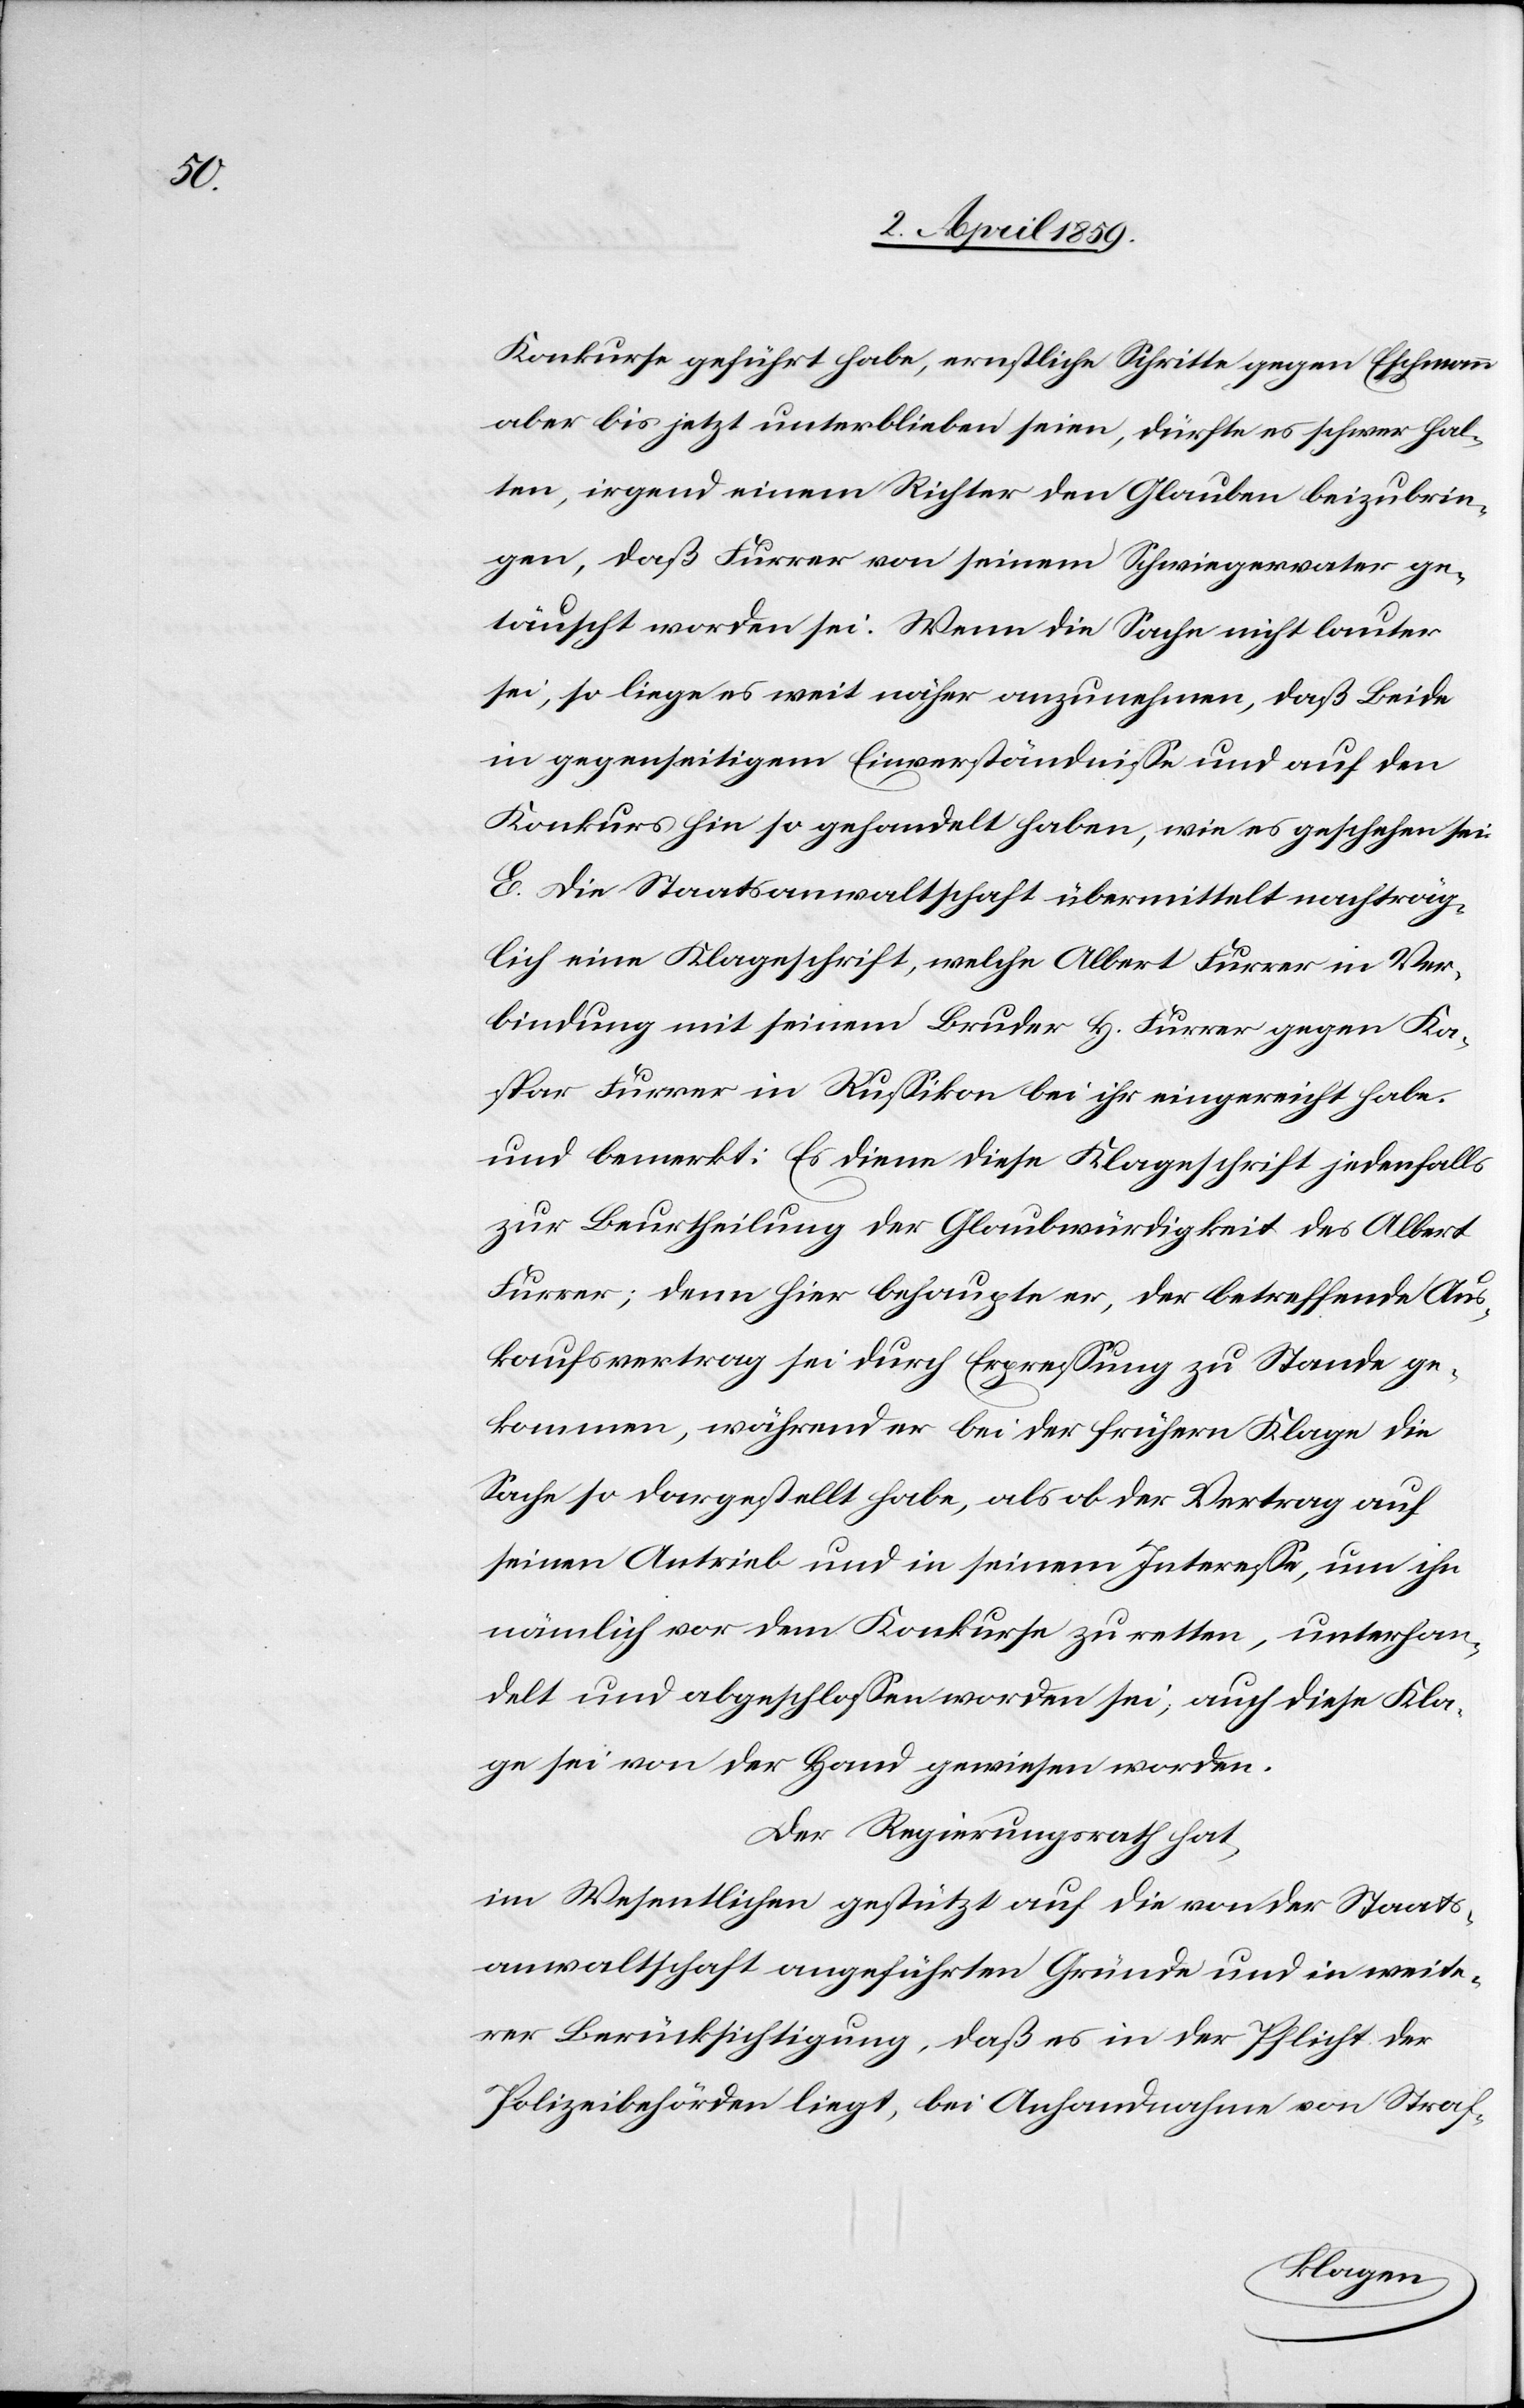
Konkurse geführt habe, ernstliche Schritte gegen Eschmann
aber bis jetzt unterblieben seien, dürfte es schwer hal¬
ten, irgend einem Richter den Glauben beizubrin¬
gen, daß Furrer von seinem Schwiegervater ge¬
täuscht worden sei. Wenn die Sache nicht lauter
sei, so liege es weit näher anzunehmen, daß Beide
in gegenseitigem Einverständniße und auf den
Konkurs hin so gehandelt haben, wie es geschehen sei.
E. Die Staatsanwaltschaft übermittelt nachträg¬
lich eine Klageschrift, welche Albert Furrer in Ver¬
bindung mit seinem Bruder H. Furrer gegen Ka¬
spar Furrer in Rußikon bei ihr eingereicht habe,
und bemerkt: Es diene diese Klageschrift jedenfalls
zur Beurtheilung der Glaubwürdigkeit des Albert
Furrer; denn hier behaupte er, der betreffende Aus¬
kaufsvertrag sei durch Erpreßung zu Stande ge¬
kommen, während er bei der frühern Klage die
Sache so dargestellt habe, als ob der Vertrag auf
seinen Antrieb und in seinem Intereße, um ihn
nämlich vor dem Konkurse zu retten, unterhan¬
delt und abgeschloßen worden sei, auch diese Kla¬
ge sei von der Hand gewiesen worden.
Der Regierungsrath hat,
Im Wesentlichen gestützt auf die von der Staats¬
anwaltschaft angeführten Gründe und in weite¬
rer Berücksichtigung, daß es in der Pflicht der
Polizeibehörden liegt, bei Anhandnahme von Straf-